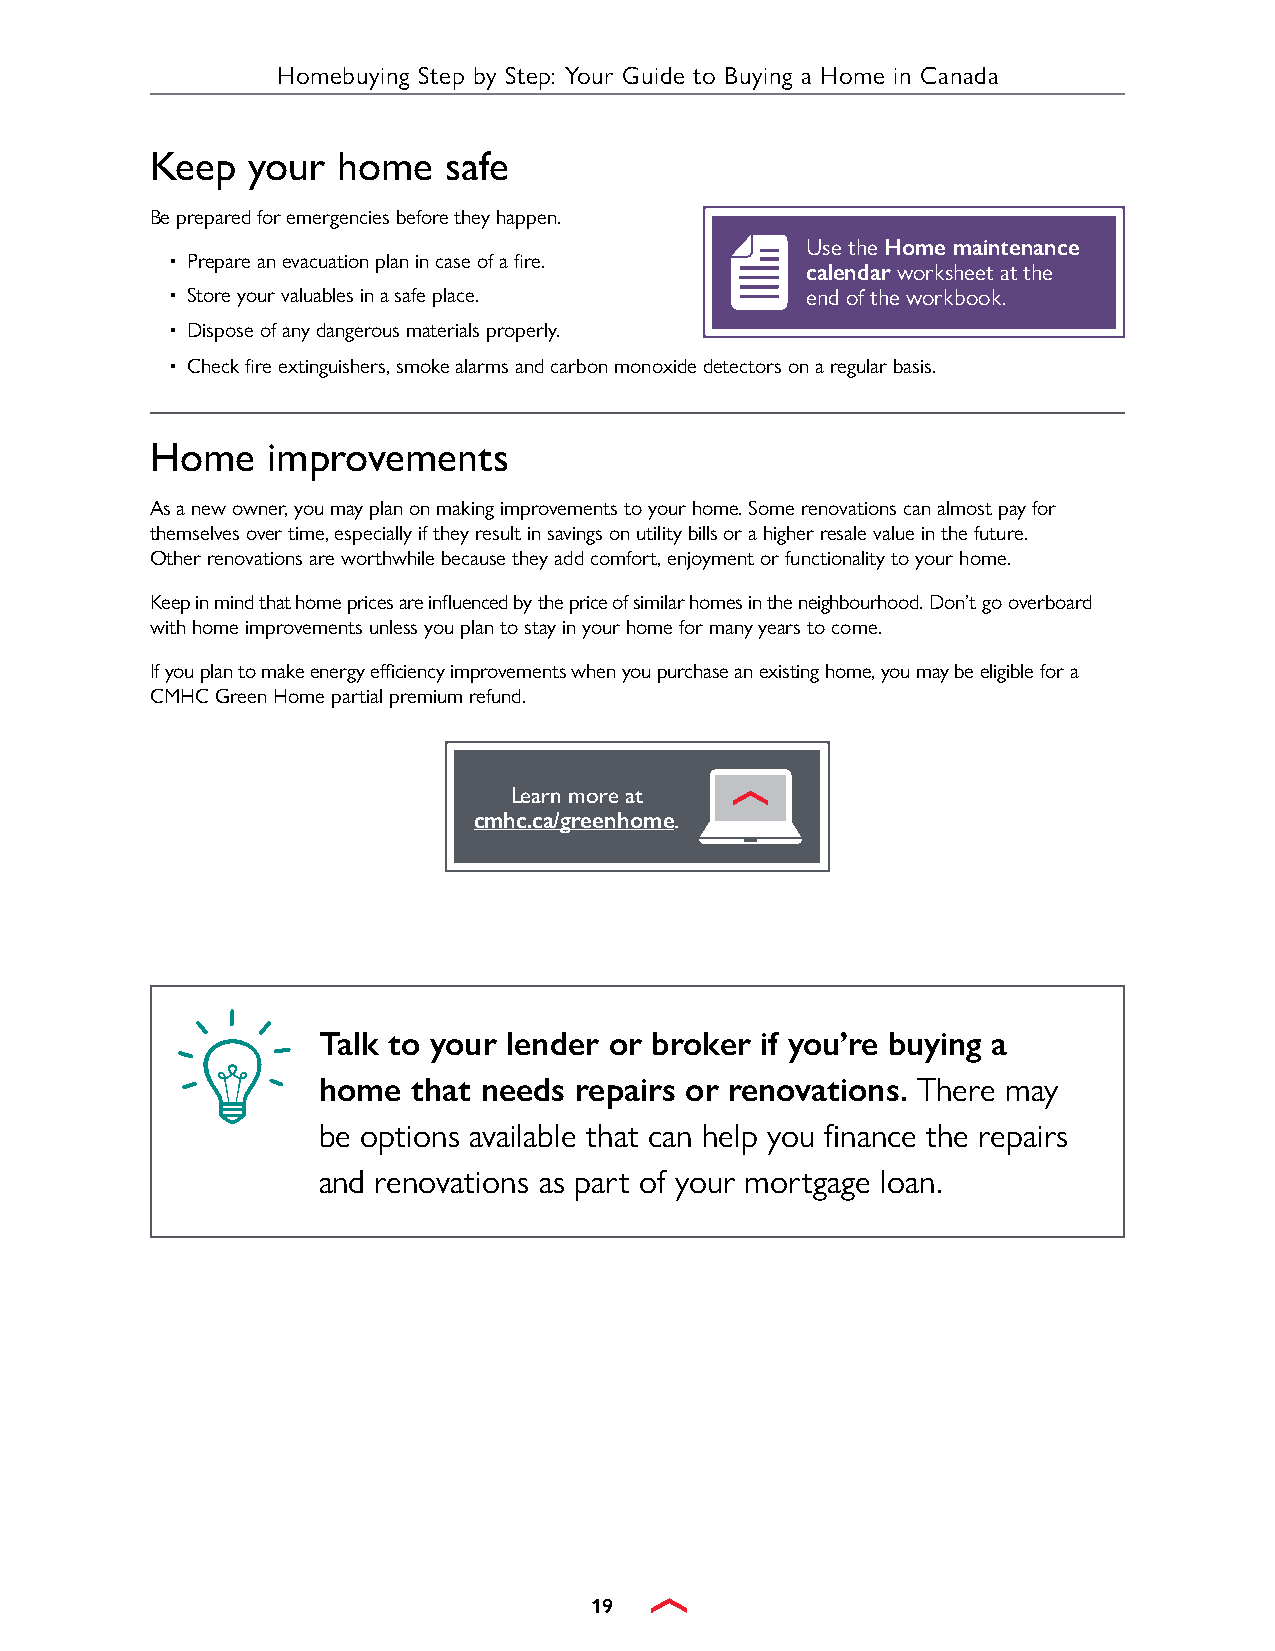
Homebuying Step by Step: Your Guide to Buying a Home in Canada
 Keep  your  home   safe
 Be prepared for emergencies before they happen.
 Use the Home maintenance
 • Prepare an evacuation plan in case of a fire.
 calendar worksheet at the
 • Store your valuables in a safe place.   end of the workbook.
 • Dispose of any dangerous materials properly.
 • Check fire extinguishers, smoke alarms and carbon monoxide detectors on a regular basis.
 Home    improvements
 As a new owner, you may plan on making improvements to your home. Some renovations can almost pay for
 themselves over time, especially if they result in savings on utility bills or a higher resale value in the future.
 Other renovations are worthwhile because they add comfort, enjoyment or functionality to your home.
 Keep in mind that home prices are influenced by the price of similar homes in the neighbourhood. Don’t go overboard
 with home improvements unless you plan to stay in your home for many years to come.
 If you plan to make energy efficiency improvements when you purchase an existing home, you may be eligible for a
 CMHC Green Home partial premium refund.
 Learn more at
 cmhc.ca/greenhome.
 Talk to your lender or broker if you’re buying a
 home  that needs repairs or renovations. There may
 be options available that can help you finance the repairs
 and renovations as part of your mortgage loan.
 19